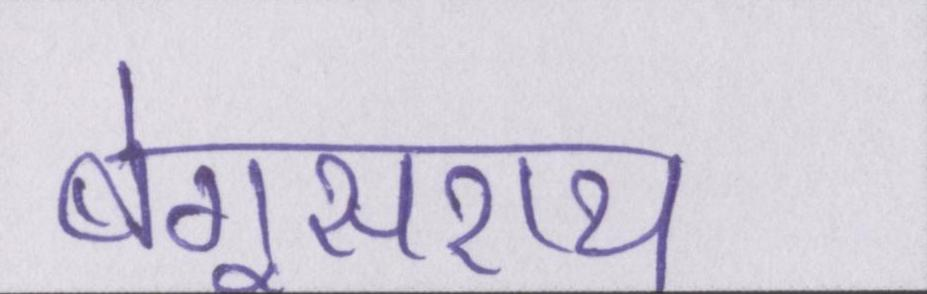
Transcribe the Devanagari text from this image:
बेगूसराय